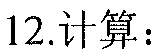
\(12.\)计算：